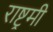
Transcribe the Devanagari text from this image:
राष्ट्रमी